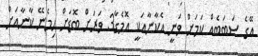
އޭގެ ސަބަބެއް ކަމަށް ވަނީ އެކާނާއަކީ އޮމެގާ3 ވަރަށް ބޮޑަށް ހިމެނޭ ކާނާއަށް